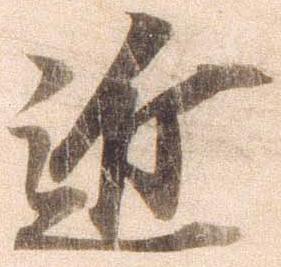
近